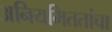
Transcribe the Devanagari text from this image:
अनियमिततांचा